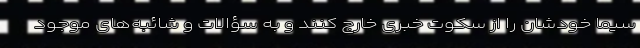
سیما خودشان را از سکوتِ خبری خارج کنند و به سؤالات و شائبه‌های موجود